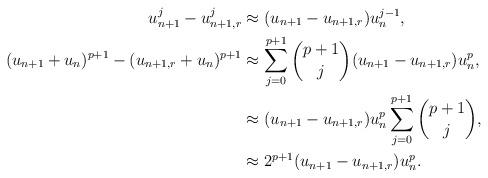
LaTeX: \begin{align*} u_{n+1}^j - u_{n+1,r}^j & \approx (u_{n+1} - u_{n+1,r})u_n^{j-1}, \\ (u_{n+1}+u_n)^{p+1} - (u_{n+1,r}+u_n)^{p+1} & \approx \sum\limits_{j=0}^{p+1} \binom{p+1}{j} (u_{n+1} - u_{n+1,r}) u_n^p, \\ & \approx (u_{n+1} - u_{n+1,r}) u_n^p \sum\limits_{j=0}^{p+1} \binom{p+1}{j}, \\ & \approx 2^{p+1} (u_{n+1} - u_{n+1,r}) u_n^p. \end{align*}